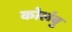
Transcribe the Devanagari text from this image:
कोलंबु